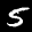
Label: 5